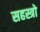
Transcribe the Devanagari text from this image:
सहस्त्रो